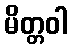
မိတ္တဝါ